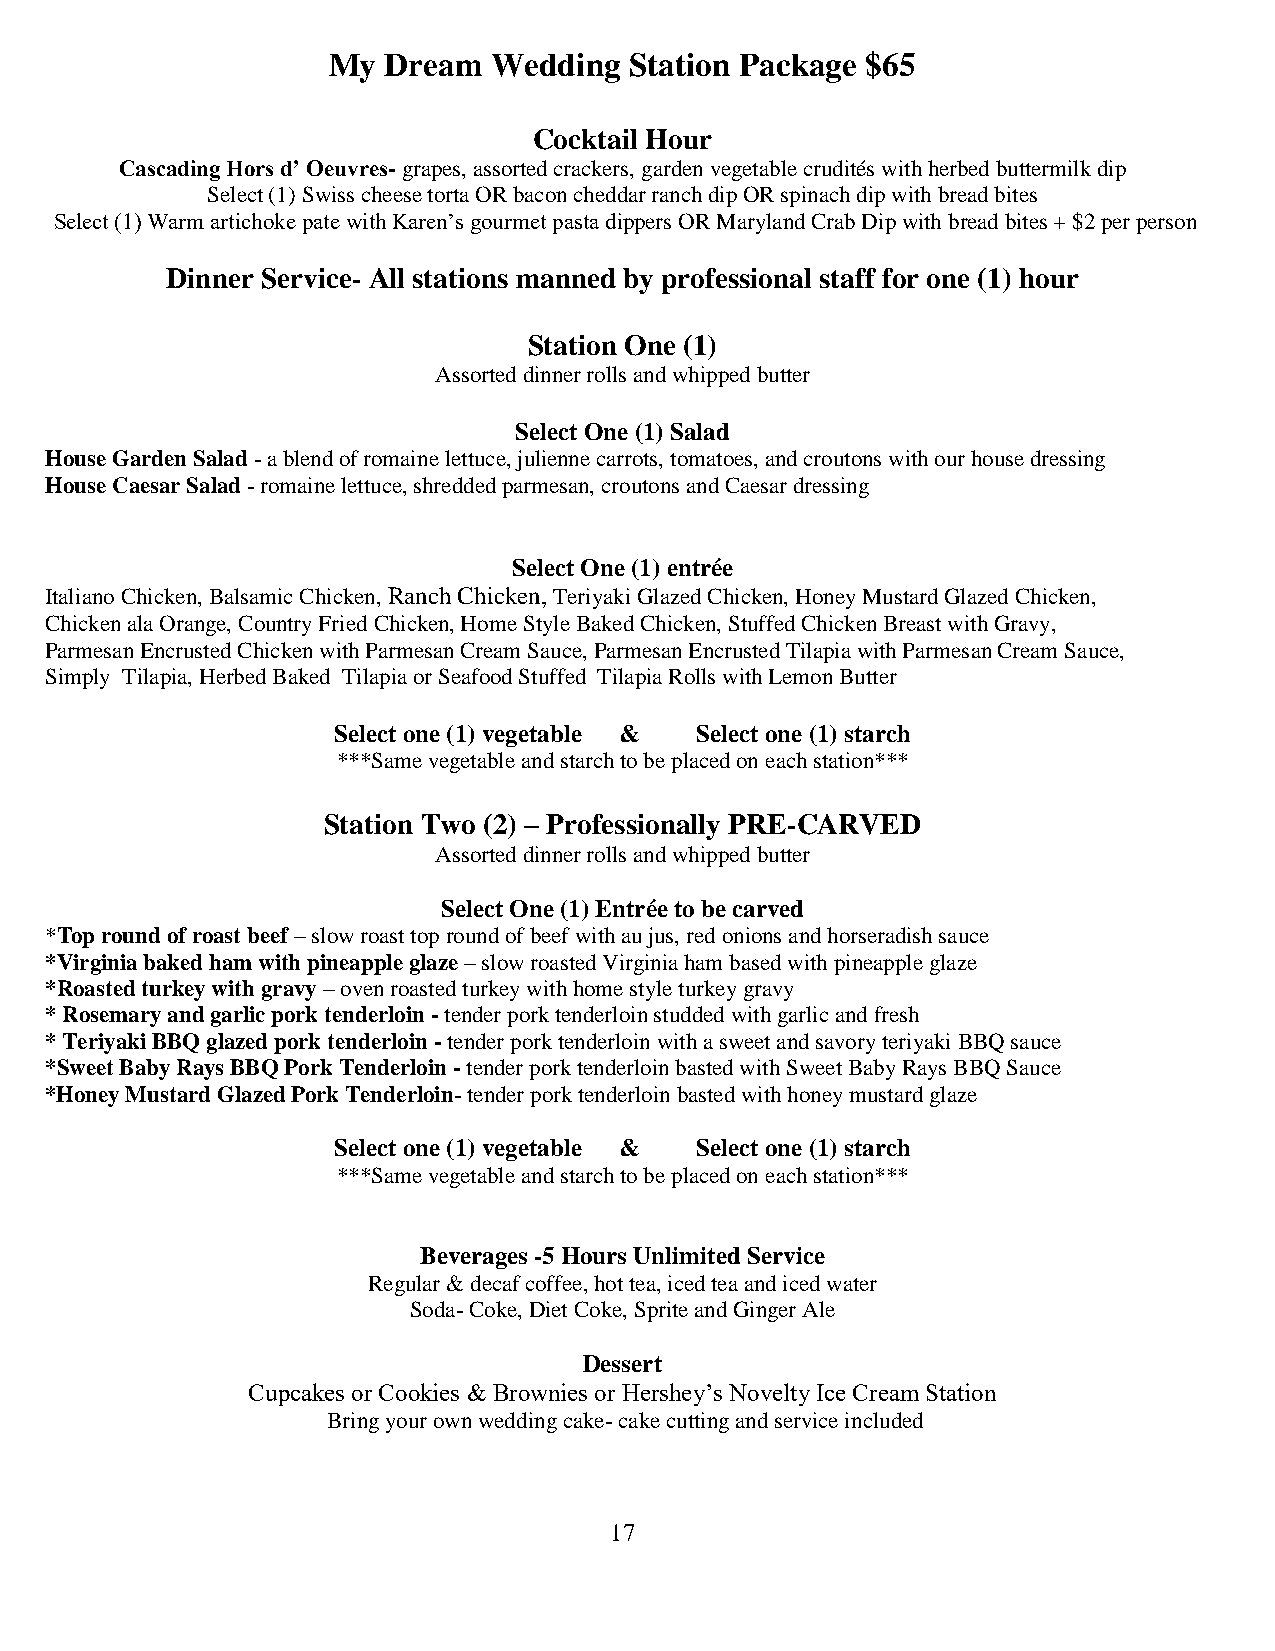
My Dream   Wedding  Station Package $65
 Cocktail Hour
 Cascading Hors d’ Oeuvres- grapes, assorted crackers, garden vegetable crudités with herbed buttermilk dip
 Select (1) Swiss cheese torta OR bacon cheddar ranch dip OR spinach dip with bread bites
 Select (1) Warm artichoke pate with Karen’s gourmet pasta dippers OR Maryland Crab Dip with bread bites + $2 per person
 Dinner Service- All stations manned by professional staff for one (1) hour
 Station One (1)
 Assorted dinner rolls and whipped butter
 Select One (1) Salad
 House Garden Salad - a blend of romaine lettuce, julienne carrots, tomatoes, and croutons with our house dressing
 House Caesar Salad - romaine lettuce, shredded parmesan, croutons and Caesar dressing
 Select One (1) entrée
 Italiano Chicken, Balsamic Chicken, Ranch Chicken, Teriyaki Glazed Chicken, Honey Mustard Glazed Chicken,
 Chicken ala Orange, Country Fried Chicken, Home Style Baked Chicken, Stuffed Chicken Breast with Gravy,
 Parmesan Encrusted Chicken with Parmesan Cream Sauce, Parmesan Encrusted Tilapia with Parmesan Cream Sauce,
 Simply Tilapia, Herbed Baked Tilapia or Seafood Stuffed Tilapia Rolls with Lemon Butter
 Select one (1) vegetable & Select one (1) starch
 ***Same vegetable and starch to be placed on each station***
 Station Two (2) – Professionally PRE-CARVED
 Assorted dinner rolls and whipped butter
 Select One (1) Entrée to be carved
 *Top round of roast beef – slow roast top round of beef with au jus, red onions and horseradish sauce
 *Virginia baked ham with pineapple glaze – slow roasted Virginia ham based with pineapple glaze
 *Roasted turkey with gravy – oven roasted turkey with home style turkey gravy
 * Rosemary and garlic pork tenderloin - tender pork tenderloin studded with garlic and fresh
 * Teriyaki BBQ glazed pork tenderloin - tender pork tenderloin with a sweet and savory teriyaki BBQ sauce
 *Sweet Baby Rays BBQ Pork Tenderloin - tender pork tenderloin basted with Sweet Baby Rays BBQ Sauce
 *Honey Mustard Glazed Pork Tenderloin- tender pork tenderloin basted with honey mustard glaze
 Select one (1) vegetable & Select one (1) starch
 ***Same vegetable and starch to be placed on each station***
 Beverages -5 Hours Unlimited Service
 Regular & decaf coffee, hot tea, iced tea and iced water
 Soda- Coke, Diet Coke, Sprite and Ginger Ale
 Dessert
 Cupcakes or Cookies & Brownies or Hershey’s Novelty Ice Cream Station
 Bring your own wedding cake- cake cutting and service included
 17